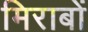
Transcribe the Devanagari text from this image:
मिराबों